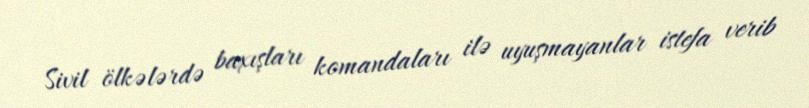
Sivil ölkələrdə baxışları komandaları ilə uyuşmayanlar istefa verib